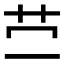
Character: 𰰡